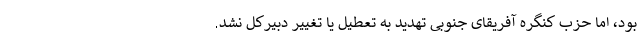
بود، اما حزب کنگره آفریقای جنوبی تهدید به تعطیل یا تغییر دبیرکل نشد.